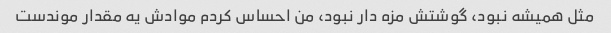
مثل همیشه نبود، گوشتش مزه دار نبود، من احساس کردم موادش یه مقدار موندست